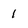
Character: l